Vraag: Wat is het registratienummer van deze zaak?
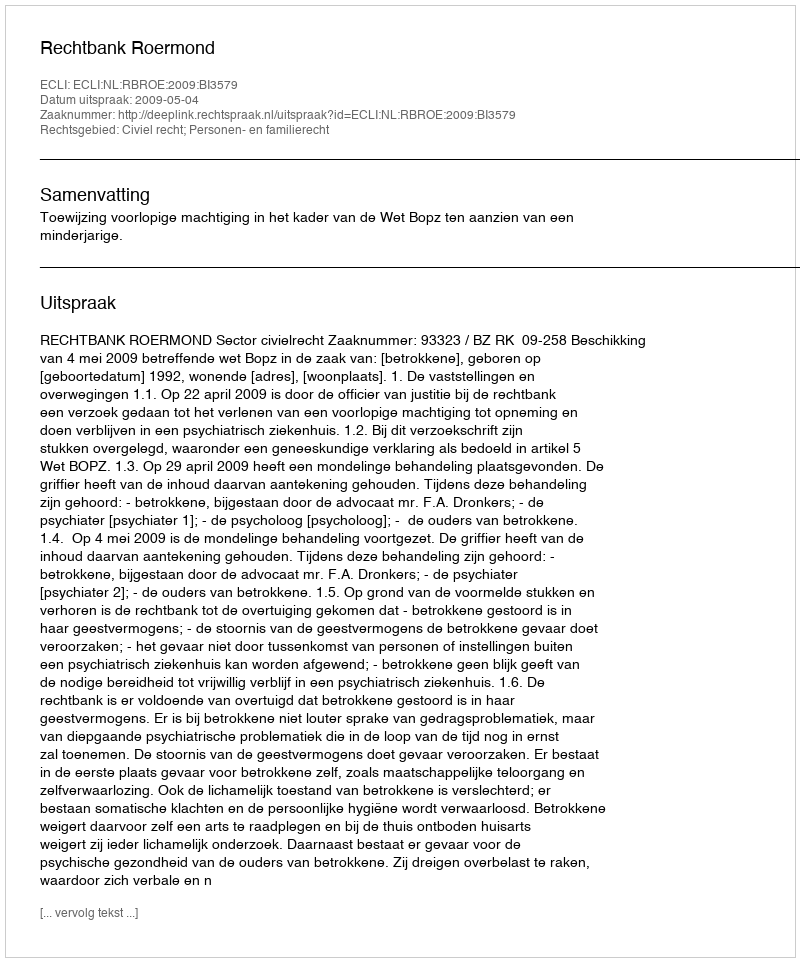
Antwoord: http://deeplink.rechtspraak.nl/uitspraak?id=ECLI:NL:RBROE:2009:BI3579